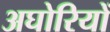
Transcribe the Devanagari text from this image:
अघोरियों